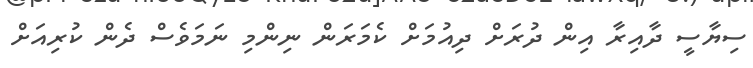
ސިޔާސީ ދާއިރާ އިން ދުރަށް ދިއުމަށް ކެމަރަން ނިންމި ނަމަވެސް ދެން ކުރިއަށް